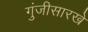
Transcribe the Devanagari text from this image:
गुंजीसारखे